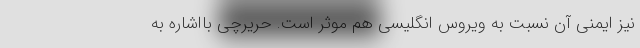
نیز ایمنی آن نسبت به ویروس انگلیسی هم موثر است. حریرچی بااشاره به